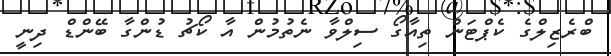
ބްރެޒިލްގެ ކެޕްޓަން ތިއާގޯ ސިލްވާ ނެތުމުން އާ ކޯޗު ޑުންގާ ބޭންޑް ދިނީ